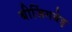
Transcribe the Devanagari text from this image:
बीजिंगबेइ